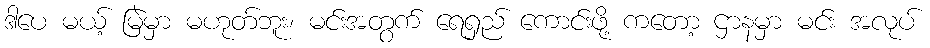
ဒါပေ မယ့် မြဲမှာ မဟုတ်ဘူး၊ မင်းအတွက် ရေရှည် ကောင်းဖို့ ကတော့ ဌာနမှာ မင်း အလုပ်